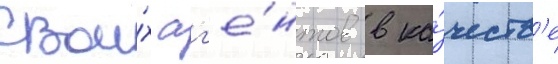
свои́х аг'е́нтов в ка́честв'е